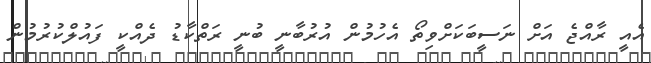
އެއީ ރާއްޖެ އަށް ނަސީބަކަށްވިތޯ އެހުމުން އުރުބާނީ ބުނީ ރަތްކާޑު ދެއްކީ ފައުލްކުރުމުން